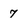
Character: 7